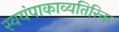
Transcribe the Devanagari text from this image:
स्वयंपाकाव्यतिरिक्त